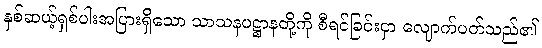
နှစ်ဆယ့်ရှစ်ပါးအပြားရှိသော သာသနပဋ္ဌာနတို့ကို စီရင်ခြင်းငှာ လျောက်ပတ်သည်၏